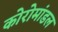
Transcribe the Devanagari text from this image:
कोरोमांडल